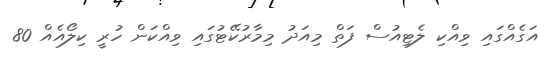
އަގެއްގައި ވިއްކި ލެޓިއުސް ފަތް މިއަދު މިމާރުކޭޓުގައި ވިއްކަން ހުރީ ކިލޯއެއް 80